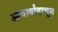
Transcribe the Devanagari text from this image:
आचार्यांवाचून